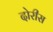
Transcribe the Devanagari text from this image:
दोरीस